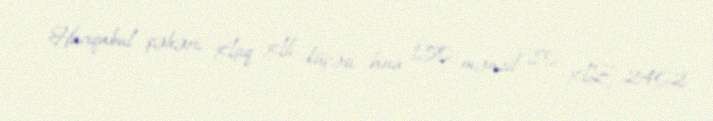
Hacıqabul şəhəri, Aşıq Alı küçəsi, bina 150, mənzil 80, AZ 2402